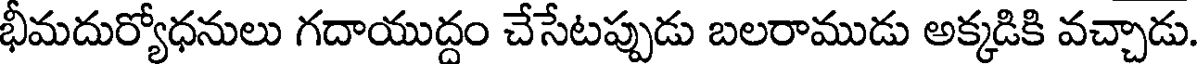
భీమదుర్యోధనులు గదాయుద్దం చేసేటప్పుడు బలరాముడు అక్కడికి వచ్చాడు